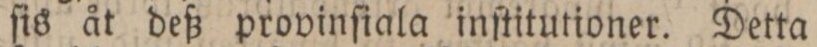
ſis åt deß provinſiala inſtitutioner. Detta